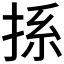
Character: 𢭁